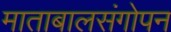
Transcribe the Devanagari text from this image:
माताबालसंगोपन